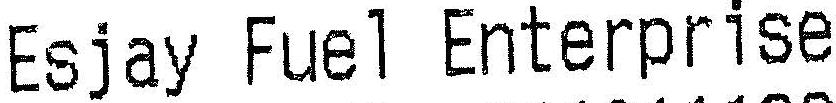
ESJAY FUEL ENTERPRISE